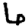
Digit: 6